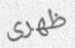
ظهرى